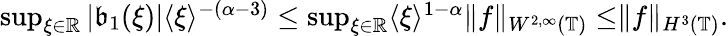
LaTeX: \begin{array}{r}{\operatorname*{sup}_{\xi\in\mathbb{R}}|\mathfrak{b}_{1}(\xi)|\langle\xi\rangle^{-(\alpha-3)}\le\operatorname*{sup}_{\xi\in\mathbb{R}}\langle\xi\rangle^{1-\alpha}\rVert f\rVert_{W^{2,\infty}(\mathbb{T})}\le\rVert f\rVert_{H^{3}(\mathbb{T})}.}\end{array}